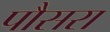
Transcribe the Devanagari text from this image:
पौसरा